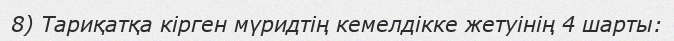
8) Тариқатқа кірген мүридтің кемелдікке жетуінің 4 шарты: